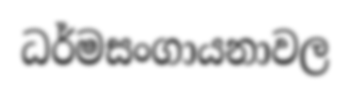
ධර්මසංගායනාවල